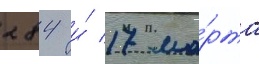
284 и́ 17 ма́рта